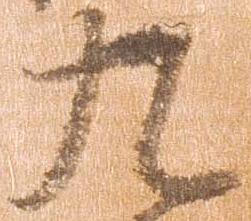
九